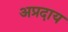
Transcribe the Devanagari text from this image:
अप्रदाय